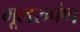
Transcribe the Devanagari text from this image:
मूलरुपंण